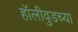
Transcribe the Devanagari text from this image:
हॉलीवुडच्या